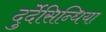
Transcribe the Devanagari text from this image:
दुर्देसिन्धिया